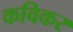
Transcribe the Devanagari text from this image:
कविकर